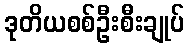
ဒုတိယစစ်ဦးစီးချုပ်